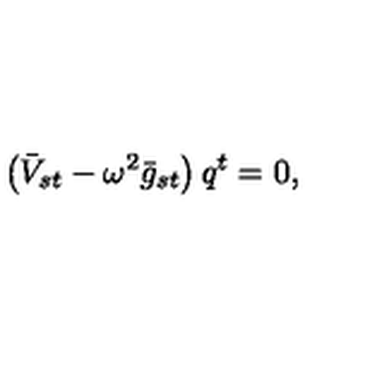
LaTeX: \left( \bar { V } _ { s t } - \omega ^ { 2 } \bar { g } _ { s t } \right) q ^ { t } = 0 ,